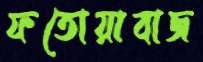
ফতোয়াবাজ